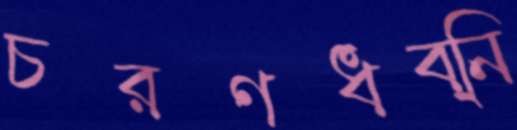
চরণধব্নি